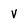
Character: v